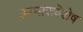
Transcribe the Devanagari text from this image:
आचारविशेष